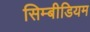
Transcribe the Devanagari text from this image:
सिम्बीडियम